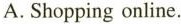
A. Shopping online.